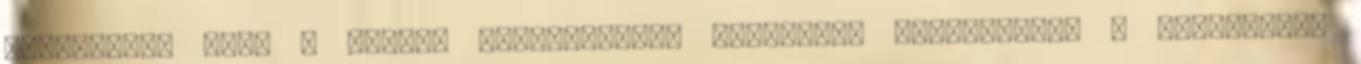
újjáépítés kora a Magyar Királyságban Politikai irányzatok. A FORRADALOM